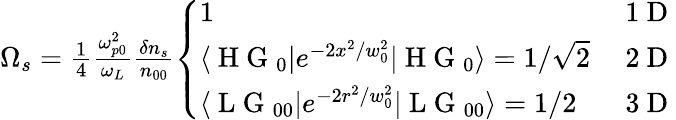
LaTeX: \begin{array}{r}{\Omega_{s}=\frac{1}{4}\frac{\omega_{p0}^{2}}{\omega_{L}}\frac{\delta n_{s}}{n_{00}}\left\{ \begin{array}{ll}{1}&{\mathrm{~1~D~}}\\ {\langle\mathrm{~H~G~}_{0}|e^{-2x^{2}/w_{0}^{2}}|\mathrm{~H~G~}_{0}\rangle=1/\sqrt{2}}&{\mathrm{~2~D~}}\\ {\langle\mathrm{~L~G~}_{00}|e^{-2r^{2}/w_{0}^{2}}|\mathrm{~L~G~}_{00}\rangle=1/2}&{\mathrm{~3~D~}}\end{array}\right.}\end{array}